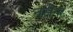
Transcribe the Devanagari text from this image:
नसेना